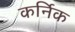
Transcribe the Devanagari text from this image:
कर्निक